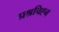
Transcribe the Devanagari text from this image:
प्रश्रचिह्न